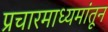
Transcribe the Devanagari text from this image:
प्रचारमाध्यमांतून